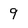
Character: 9